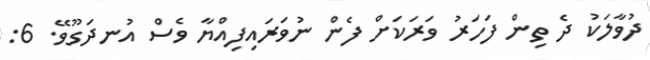
ދުވާލަކު ދެ ތިން ފަހަރު ވަރަކަށް ފެން ނުވަރައިފިއްޔާ ވެސް އުނދަގޫވޭ. 6: